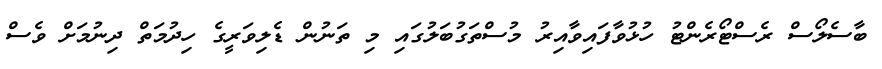
ބާސެލޯސް ރެސްޓޯރެންޓު ހުޅުވާފައިވާއިރު މުސްތަގުބަލުގައި މި ތަނުން ޑެލިވަރީގެ ހިދުމަތް ދިނުމަށް ވެސް